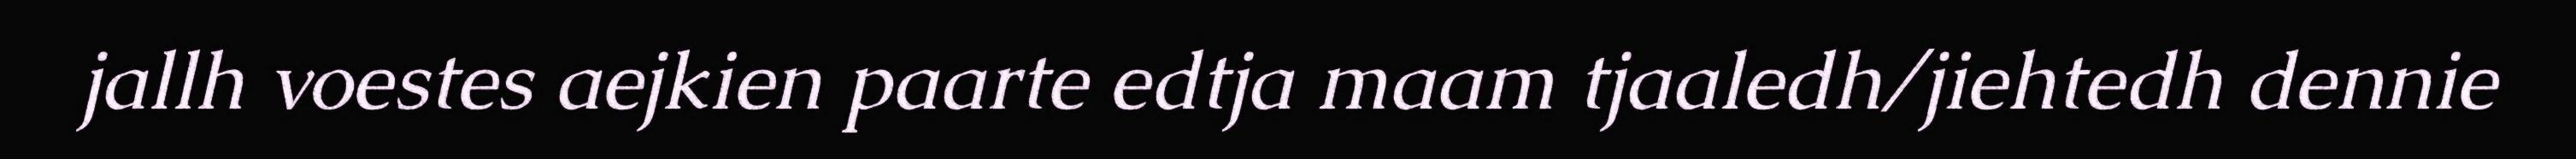
jallh voestes aejkien paarte edtja maam tjaaledh/jiehtedh dennie